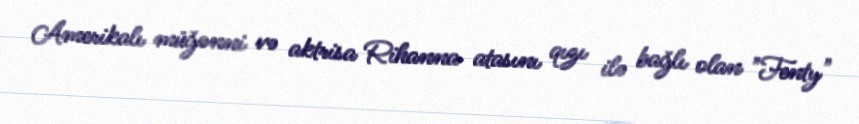
Amerikalı müğənni və aktrisa Rihanna atasını qızı ilə bağlı olan "Fenty"